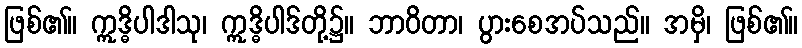
ဖြစ်၏။ ဣဒ္ဓိပါဒါသု၊ ဣဒ္ဓိပါဒ်တို့၌။ ဘာဝိတာ၊ ပွားစေအပ်သည်။ အမှိ၊ ဖြစ်၏။